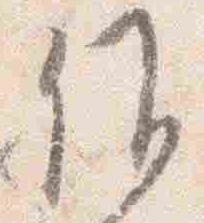
候